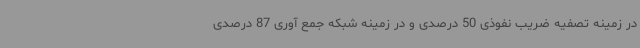
در زمینه تصفیه ضریب نفوذی 50 درصدی و در زمینه شبکه جمع آوری 87 درصدی